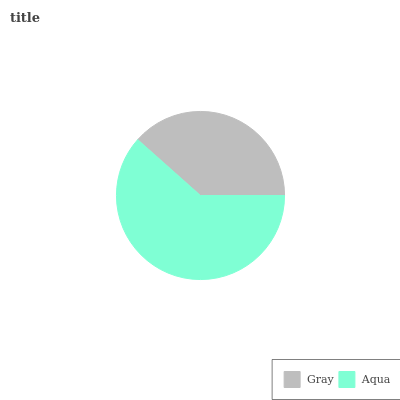
| Gray | Aqua |
 | --- | --- |
 | 38.4% | 61.6% |